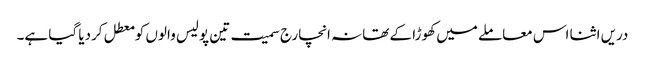
دریں اثنا اس معاملے میں کھوڑا کے تھانہ انچارج سمیت تین پولیس والوں کو معطل کردیا گیا ہے۔